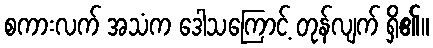
စကားလက် အသံက ဒေါသကြောင့် တုန်လျက် ရှိ၏။